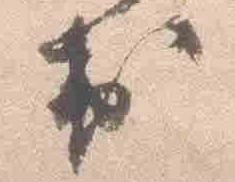
出